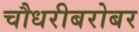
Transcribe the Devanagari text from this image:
चौधरीबरोबर